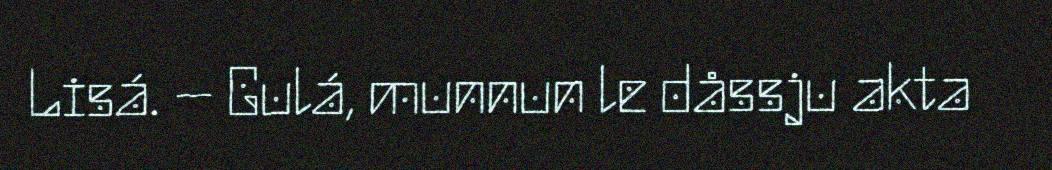
Lisá. – Gulá, munnun le dåssju akta